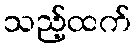
သည့်ထက်